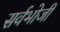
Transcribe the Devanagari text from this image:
सर्वभोजी